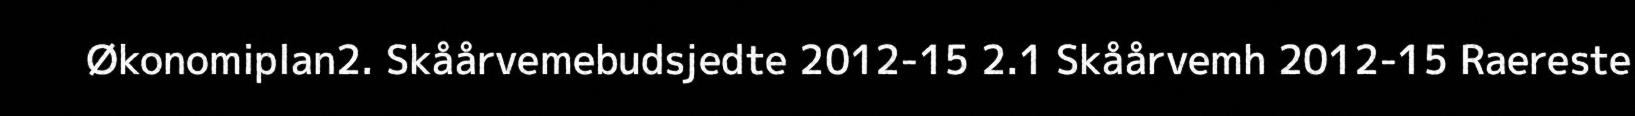
Økonomiplan2. Skåårvemebudsjedte 2012-15 2.1 Skåårvemh 2012-15 Raereste